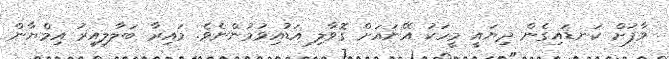
ވާފަށް ކަނޑައިގެން ދިޔައީ މީހަކު އޭނައަށް ގޮވާލި އަޑުއިވުމުންނެވެ. މައިރާ ބަލާލިއިރު އިމްޔާން